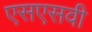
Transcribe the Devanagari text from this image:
एसएसवी